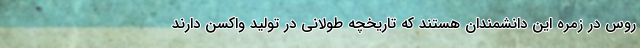
روس در زمره این دانشمندان هستند که تاریخچه طولانی در تولید واکسن دارند